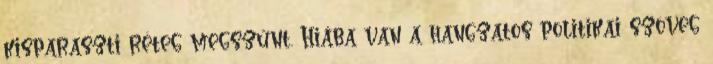
kisparaszti réteg megszűnt. Hiába van a hangzatos politikai szöveg